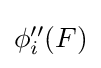
{\textstyle \phi _{i}^{\prime \prime }(F)}